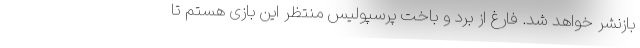
بازنشر خواهد شد. فارغ از برد و باخت پرسپولیس منتظر این بازی هستم تا